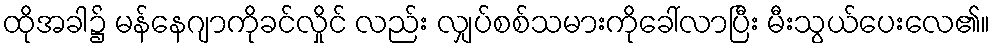
ထိုအခါ၌ မန်နေဂျာကိုခင်လှိုင် လည်း လျှပ်စစ်သမားကိုခေါ်လာပြီး မီးသွယ်ပေးလေ၏။